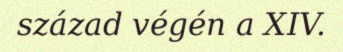
század végén a XIV.